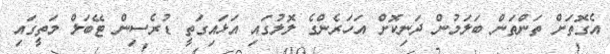
އެގޮތަށް ތަންތަން ބަލަމުން ދަނިކޮށް އަހަރެންގެ ލޮލުގައި އަޅައިގަތީ ޑުރެސިން ޓޭބަލް މަތީގައި